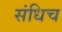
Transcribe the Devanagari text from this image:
संधिच